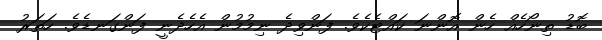
ބޮޑު ތިނޯހެއް ހެން އޮންނަ ކައްޓެކެވެ. ފަންވިދެ ނިމުމުން އެހެދެނީ ފަންގަނޑެވެ. ހަތަރު